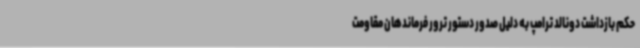
حکم بازداشت دونالد ترامپ به دلیل صدور دستور ترور فرماندهان مقاومت